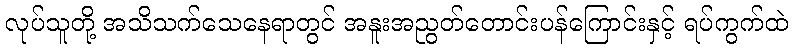
လုပ်သူတို့ အသိသက်သေနေရာတွင် အနူးအညွတ်တောင်းပန်ကြောင်းနှင့် ရပ်ကွက်ထဲ